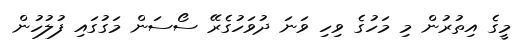
މީގެ އިތުރުން މި މަހުގެ ވިހި ވަނަ ދުވަހުގެރޭ ސޯސަން މަގުގައި ފުލުހުން